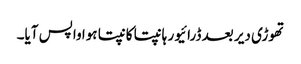
تھوڑی دیر بعد ڈرائیور ہانپتا کانپتا ہوا واپس آیا۔